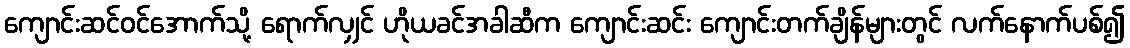
ကျောင်းဆင်ဝင်အောက်သို့ ရောက်လျှင် ဟိုယခင်အခါဆီက ကျောင်းဆင်း ကျောင်းတက်ချိန်များတွင် လက်နောက်ပစ်၍